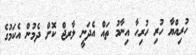
ހުރިއްޔާ ހުރި ހުރިހާ އިނާމު ތައް އެދަނީ ލާރޖް ކޮށް ދެމުން އެކަމުގެ